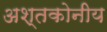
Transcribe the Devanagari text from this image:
अश्तकोनीय